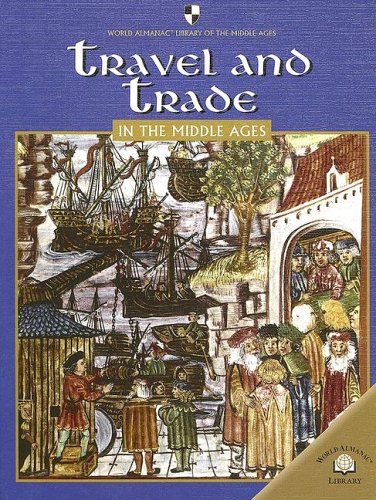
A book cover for Travel and Trade in the Middle Ages (World Almanac Library of the Middle Ages); Fiona MacDonald; Teen & Young Adult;